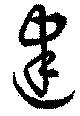
建